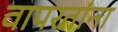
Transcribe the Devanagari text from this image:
वापरतांना